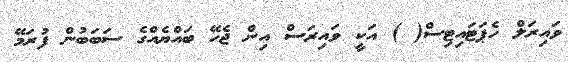
ވައިރަލް ހެޕަޓައިޓިސް( ) އަކީ ވައިރަސް އިން ޖެހޭ ބައްޔެއްގެ ސަބަބުން ފުރަމޭ